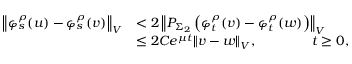
\begin{array} { r l } { \left\Vert \varphi _ { s } ^ { \rho } ( u ) - \varphi _ { s } ^ { \rho } ( v ) \right\Vert _ { V } } & { < 2 \left\Vert P _ { \Sigma _ { 2 } } \left( \varphi _ { t } ^ { \rho } ( v ) - \varphi _ { t } ^ { \rho } ( w ) \right) \right\Vert _ { V } } \\ & { \leq 2 C e ^ { \mu t } \Vert v - w \Vert _ { V } , \qquad \qquad t \geq 0 , } \end{array}